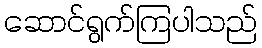
ဆောင်ရွက်ကြပါသည်